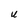
Character: U